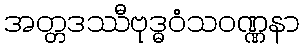
အတ္တဒဿီဗုဒ္ဓဝံသဝဏ္ဏနာ